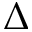
\Delta